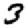
Digit: 3